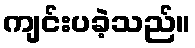
ကျင်းပခဲ့သည်။